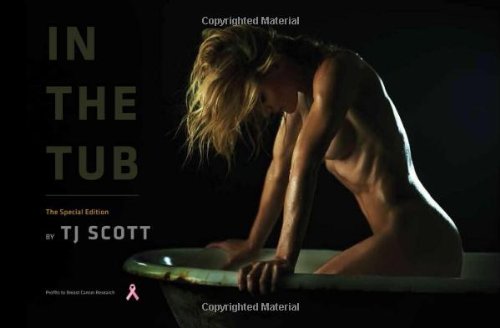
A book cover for In the Tub, Special Edition; Arts & Photography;